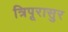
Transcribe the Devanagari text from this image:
त्रिपूरासुर